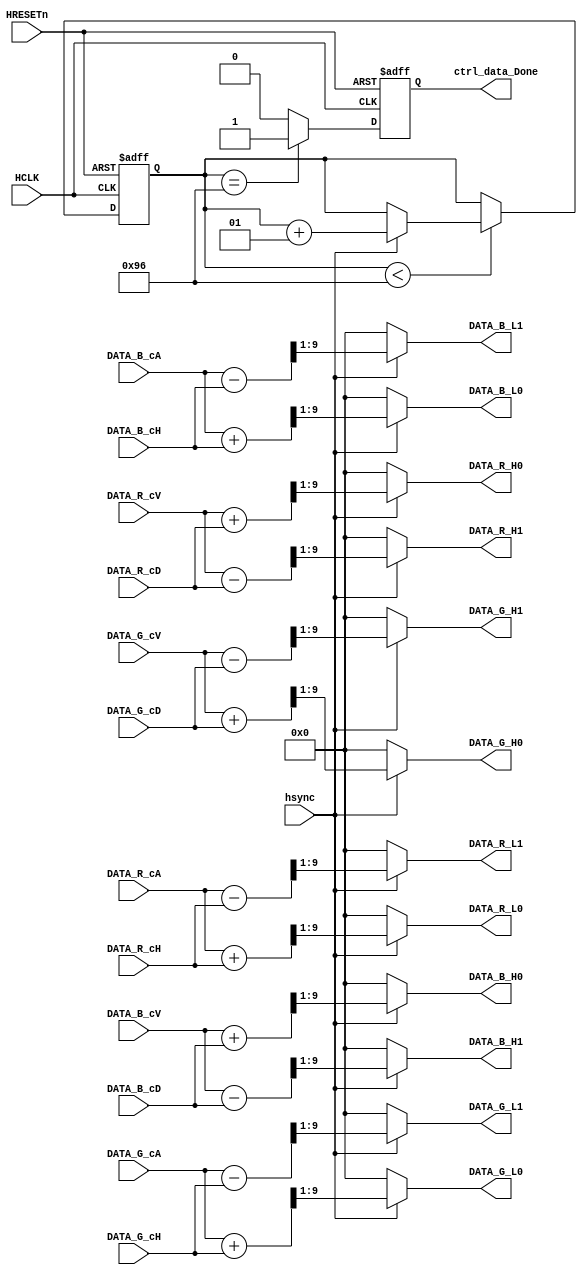
module DWT_Haar_inv
#(parameter WIDTH 	= 20,							// Image width
			HEIGHT 	= 30,								// Image height
			BMP_HEADER_NUM = 54							// Header for bmp image
)
(
	input HCLK,												// Clock	
	input HRESETn,											// Reset active low
	input hsync,											// Hsync pulse						
    input signed [9:0]  DATA_R_cA,						// Red 8-bit 
    input signed [9:0]  DATA_G_cA,						// Green 8-bit
    input signed [9:0]  DATA_B_cA,						// Blue 8-bit 
    input signed [9:0]  DATA_R_cH,						// Red 8-bit 
    input signed [9:0]  DATA_G_cH,						// Green 8-bit
    input signed [9:0]  DATA_B_cH,						// Blue 8-bit 
	input signed [9:0]  DATA_R_cV,						// Red 8-bit 
    input signed [9:0]  DATA_G_cV,						// Green 8-bit
    input signed [9:0]  DATA_B_cV,						// Blue 8-bit 
    input signed [9:0]  DATA_R_cD,						// Red 8-bit 
    input signed [9:0]  DATA_G_cD,						// Green 8-bit
    input signed [9:0]  DATA_B_cD,						// Blue 8-bit 
	output 	reg	 ctrl_data_Done,
	output reg signed [8:0]  DATA_R_L0,
	output reg signed [8:0]  DATA_G_L0,
	output reg signed [8:0]  DATA_B_L0,
	output reg signed [8:0]  DATA_R_L1,
	output reg signed [8:0]  DATA_G_L1,
	output reg signed [8:0]  DATA_B_L1,
	output reg signed [8:0]  DATA_R_H0,
	output reg signed [8:0]  DATA_G_H0,
	output reg signed [8:0]  DATA_B_H0,
	output reg signed [8:0]  DATA_R_H1,
	output reg signed [8:0]  DATA_G_H1,
	output reg signed [8:0]  DATA_B_H1
);	

reg signed [18:0] data_count;									// Counting data
wire done;													// done flag
// counting variables


parameter Width = WIDTH/2; 
parameter Height = HEIGHT/2; 

// Writing RGB888 even and odd data to the temp memory
always@(*) begin
			DATA_R_L0 = 0;
			DATA_G_L0 = 0;
			DATA_B_L0 = 0;
			DATA_R_L1 = 0;
			DATA_G_L1 = 0;
			DATA_B_L1 = 0;
			DATA_R_H0 = 0;
			DATA_G_H0 = 0;
			DATA_B_H0 = 0;
			DATA_R_H1 = 0;
			DATA_G_H1 = 0;
			DATA_B_H1 = 0;
        if(hsync) begin
			/////////////////////////////LL ///////////////////////////////
			DATA_R_L0 = (DATA_R_cA + DATA_R_cH) >> 1;
			DATA_G_L0 = (DATA_G_cA + DATA_G_cH) >> 1;
			DATA_B_L0 = (DATA_B_cA + DATA_B_cH) >> 1;
			
            DATA_R_L1 = (DATA_R_cA - DATA_R_cH) >> 1;
			DATA_G_L1 = (DATA_G_cA - DATA_G_cH) >> 1;
			DATA_B_L1 = (DATA_B_cA - DATA_B_cH) >> 1;
			////////////////////////////HL //////////////////////////
			DATA_R_H0 = (DATA_R_cV + DATA_R_cD) >> 1;
			DATA_G_H0 = (DATA_G_cV + DATA_G_cD) >> 1;
			DATA_B_H0 = (DATA_B_cV + DATA_B_cD) >> 1;
			////////////////////////////HH //////////////////////////
			DATA_R_H1 = (DATA_R_cV - DATA_R_cD) >> 1;
			DATA_G_H1 = (DATA_G_cV - DATA_G_cD) >> 1;
			DATA_B_H1 = (DATA_B_cV - DATA_B_cD) >> 1;
        end
    end



// data counting
always@(posedge HCLK, negedge HRESETn)
begin
    if(~HRESETn) begin
        data_count <= 0;
    end
    else if(data_count < (Width*HEIGHT/2)) begin
        if(hsync)
			data_count <= data_count + 1; // pixels counting for create done flag
    end
end
assign done = (data_count == (Width*HEIGHT/2))? 1'b1: 1'b0; // done flag once all pixels were processed
always@(posedge HCLK, negedge HRESETn)
begin
    if(~HRESETn) begin
        ctrl_data_Done <= 0;
    end
    else begin
		ctrl_data_Done <= done;
    end
end

endmodule